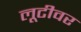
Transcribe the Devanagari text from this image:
लूटीवर